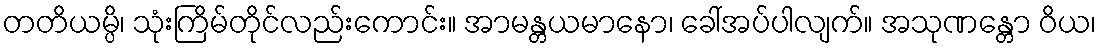
တတိယမ္ပိ၊ သုံးကြိမ်တိုင်လည်းကောင်း။ အာမန္တယမာနော၊ ခေါ်အပ်ပါလျက်။ အသုဏန္တော ဝိယ၊